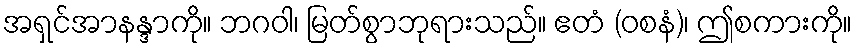
အရှင်အာနန္ဒာကို။ ဘဂဝါ၊ မြတ်စွာဘုရားသည်။ ဧတံ (ဝစနံ)၊ ဤစကားကို။